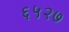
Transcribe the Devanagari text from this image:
६५२७